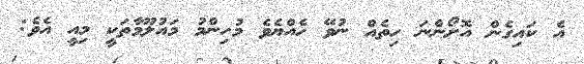
އެ ކައިގެން އޮށޯންނަ ހިތެއް ނުވޭ ހެއްޔެވެ މުހިންމު މައުލޫމާތަކީ މިއީ އެވެ: